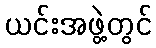
ယင်းအဖွဲ့တွင်